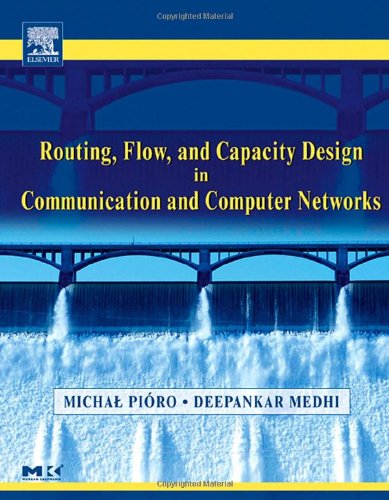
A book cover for Routing, Flow, and Capacity Design in Communication and Computer Networks (The Morgan Kaufmann Series in Networking); Michal Pioro; Computers & Technology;